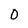
Character: 0